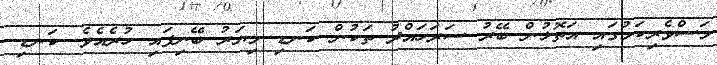
މަސްވެރިކަމުގައި އަތޮޅުން ބޭރު ސަރަހައްދު ތަކުން ކަނޑި މިޔަރު ބޭނިފައި ހުރެއެވެ. ކަނޑި